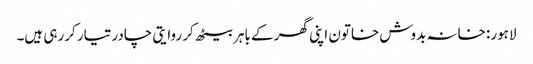
لاہور: خانہ بدوش خاتون اپنی گھر کے باہر بیٹھ کر روایتی چادر تیار کررہی ہیں۔